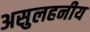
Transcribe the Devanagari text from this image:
असुलहनीय